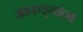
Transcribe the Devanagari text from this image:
आकड्यांना